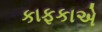
કાફકાએ